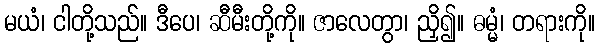
မယံ၊ ငါတို့သည်။ ဒီပေ၊ ဆီမီးတို့ကို။ ဇာလေတွာ၊ ညှိ၍။ ဓမ္မံ၊ တရားကို။